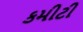
કમીટી